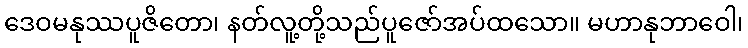
ဒေဝမနုဿပူဇိတော၊ နတ်လူ့တို့သည်ပူဇော်အပ်ထသော။ မဟာနုဘာဝေါ၊